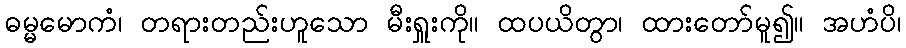
ဓမ္မမောကံ၊ တရားတည်းဟူသော မီးရှူးကို။ ထပယိတွာ၊ ထားတော်မူ၍။ အဟံပိ၊